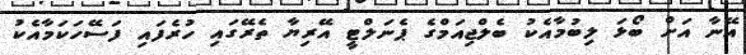
އޭނާ އަށް ބޯޅަ ލިބުމާއެކު ބެލްޖިއަމްގެ ޕެނަލްޓީ އޭރިޔާ ތެރޭގައި ހުރެފައި ފަސޭހަކަމާއެކު